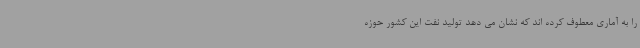
را به آماری معطوف کرده اند که نشان می دهد تولید نفت این کشور حوزه